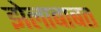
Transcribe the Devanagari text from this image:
झेलाबाबत